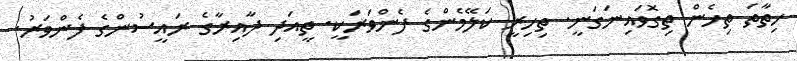
ހިތާތަ ތިހެން ތިގޮވައިނަގަނީ. ތިހިރީ ކަލޭމެންގެ ފެންވަރަކީ. ތީއަދި ދާއިރާގެ ރައީސުންގެ ފެންވަރު.